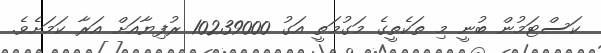
ކަސްޓަމުން ބުނީ މި ތަކެތީގެ މަގުމަތީ އަގު 10239000 ރުފިޔާއަށް އަރާ ކަމަށެވެ.